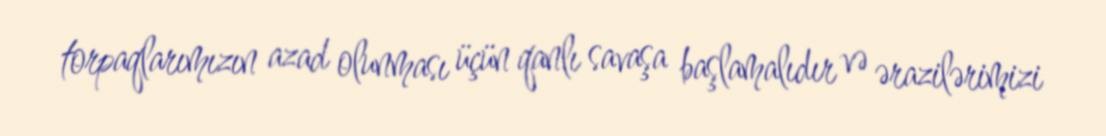
torpaqlarımızın azad olunması üçün qanlı savaşa başlamalıdır və ərazilərimizi